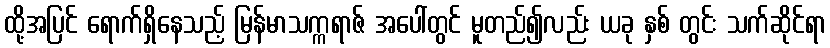
ထို့အပြင် ရောက်ရှိနေသည့် မြန်မာသက္ကရာဇ် အပေါ်တွင် မူတည်၍လည်း ယခု နှစ် တွင်း သက်ဆိုင်ရာ